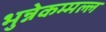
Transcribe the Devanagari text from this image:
भुन्नेकम्मल्ल